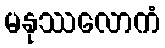
မနုဿလောကံ